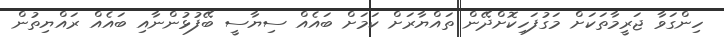
ހިންގަވާ ޖަރީމާތަކަށް މަގުފަހިކޮށްދޭން ތައްޔާރަށް ކަމަށް ބައެއް ސިޔާސީ ބޭފުޅުންނާއި ބައެއް ރައްޔިތުން